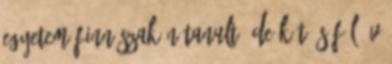
egyetem finn szakán tanult, de két és fél év